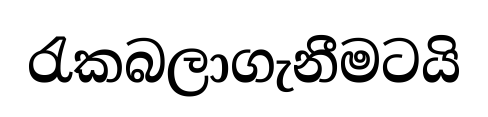
රැකබලාගැනීමටයි